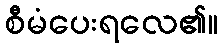
စီမံပေးရလေ၏။